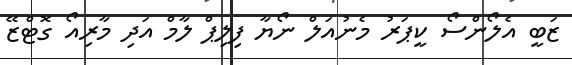
ޒަބީ އެލޯންސޯ ކީޕަރު މެނުއަލް ނޯޔާ ފިލިޕް ލާމް އަދި މާރިއޯ ގޮޓްޒޭ